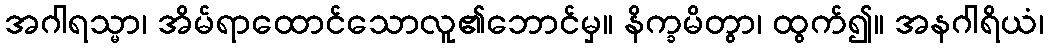
အဂါရသ္မာ၊ အိမ်ရာထောင်သောလူ၏ဘောင်မှ။ နိက္ခမိတွာ၊ ထွက်၍။ အနဂါရိယံ၊